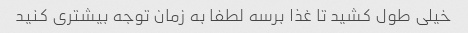
خیلی طول کشید تا غذا برسه لطفا به زمان توجه بیشتری کنید